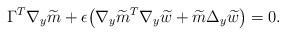
LaTeX: \begin{align*} \Gamma^T\nabla_y\widetilde{m}+\epsilon\big (\nabla_y\widetilde{m}^T\nabla_y\widetilde{w}+\widetilde{m}\Delta_y\widetilde{w}\big)=0. \end{align*}